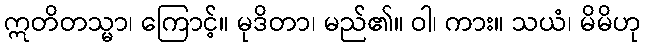
ဣတိတသ္မာ၊ ကြောင့်။ မုဒိတာ၊ မည်၏။ ဝါ၊ ကား။ သယံ၊ မိမိဟု